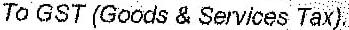
TO GST (GOODS & SERVICES TAX)